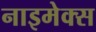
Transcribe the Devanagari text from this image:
नाइमेक्स